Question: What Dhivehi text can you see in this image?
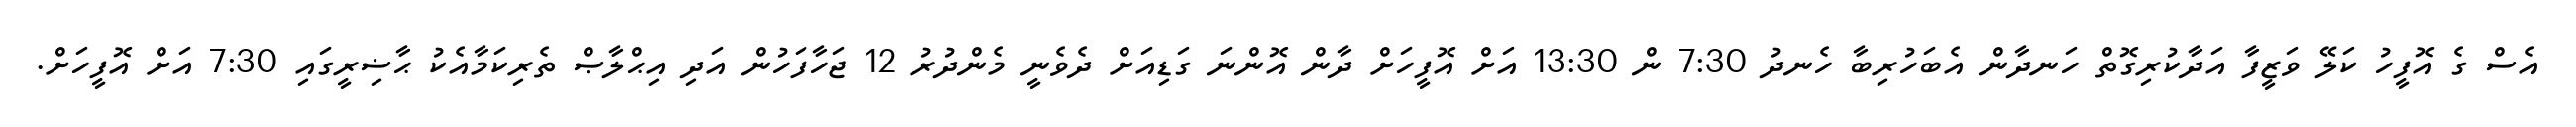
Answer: އެސް ގެ އޮފީހު ކަލޭ ވަޒީފާ އަދާކުރިގޮތް ހަނދާން އެބަހުރިބާ ހެނދު 7:30 ން 13:30 އަށް އޮފީހަށް ދާން އޮންނަ ގަޑިއަށް ދެވެނީ މެންދުރު 12 ޖަހާފަހުން އަދި އިޙްލާޞް ތެރިކަމާއެކު ޙާޟިރީގައި 7:30 އަށް އޮފީހަށް.